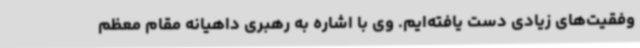
وفقیت‌های زیادی دست یافته‌ایم. وی با اشاره به رهبری داهیانه مقام معظم